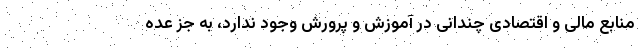
منابع مالی و اقتصادی چندانی در آموزش و پرورش وجود ندارد، به جز عده